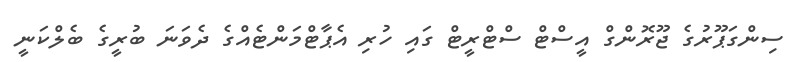
ސިންގަޕޫރުގެ ޖޫރޮންގް އީސްޓް ސްޓްރީޓް ގައި ހުރި އެޕާޓްމަންޓެއްގެ ދެވަނަ ބުރީގެ ބެލްކަނީ